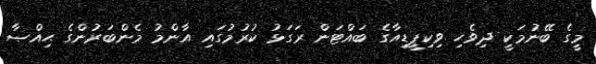
މީގެ ބޭނުމަކީ ދިވެހި ވިކިޕީޑިއާގެ ބައްޓަން ރަގަޅު ކުރުމުގައި އާންމު މެންބަރުންގެ ޙިއްޞާ